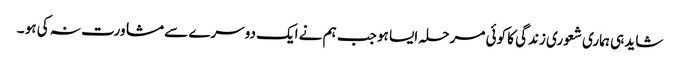
شاید ہی ہماری شعوری زندگی کا کوئی مرحلہ ایسا ہو جب ہم نے ایک دوسرے سے مشاورت نہ کی ہو ۔